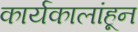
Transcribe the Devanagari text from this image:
कार्यकालांहून